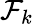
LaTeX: \mathcal{F}_{k}